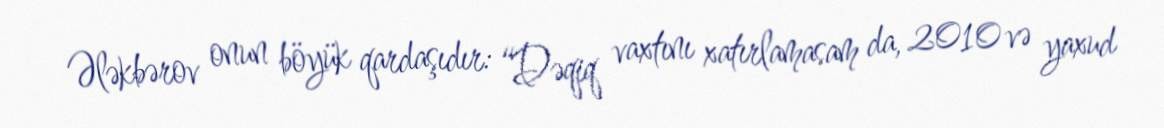
Ələkbərov onun böyük qardaşıdır: “Dəqiq vaxtını xatırlamasam da, 2010 və yaxud